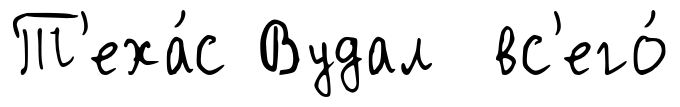
Т'еха́с Вудал вс'его́